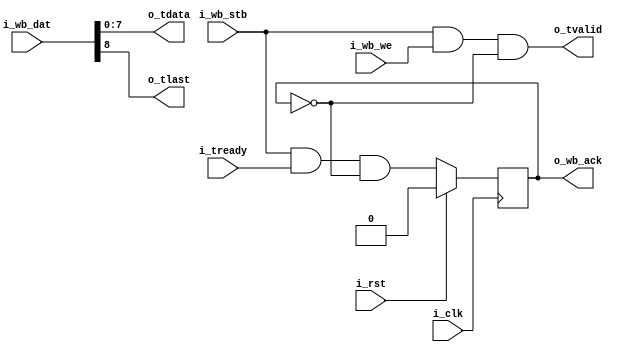
`default_nettype none
module wb2axis
  (
   input wire 	     i_clk,
   input wire 	     i_rst,
   input wire [8:0]  i_wb_dat,
   input wire 	     i_wb_we,
   input wire 	     i_wb_stb,
   output reg 	     o_wb_ack,
   output wire [7:0] o_tdata,
   output wire 	     o_tlast,
   output wire 	     o_tvalid,
   input wire 	     i_tready);

   always @(posedge i_clk) begin
      o_wb_ack <= i_wb_stb & i_tready & !o_wb_ack;
      if (i_rst)
	o_wb_ack <= 1'b0;
   end

   assign o_tvalid = i_wb_stb & i_wb_we & !o_wb_ack;
   assign o_tdata  = i_wb_dat[7:0];
   assign o_tlast  = i_wb_dat[8];

endmodule